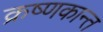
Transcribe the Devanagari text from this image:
क्रष्णकान्त